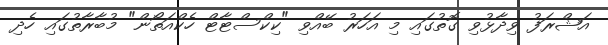
އަޝްރަފު ވިދާޅުވި ގޮތުގައި މި އަހަރު ބޭއްވި "ކިކްސްޓާޓް ހެކްއަތޯން" މުބާރާތުގައި ހެދި